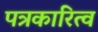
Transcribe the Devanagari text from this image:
पत्रकारित्व